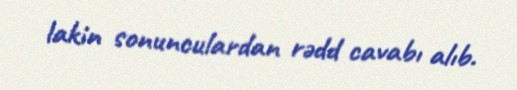
lakin sonunculardan rədd cavabı alıb.